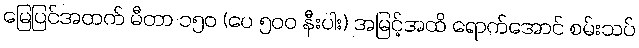
မြေပြင်အထက် မီတာ ၁၅၀ (ပေ ၅၀၀ နီးပါး) အမြင့်အထိ ရောက်အောင် စမ်းသပ်